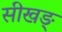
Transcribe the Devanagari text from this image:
सीखङ्